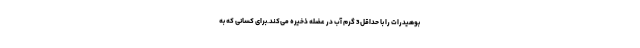
بوهیدرات را با حداقل 3 گرم آب در عضله ذخیره می‌کند.برای کسانی که به